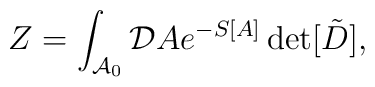
Z=\int _{{\cal A}_0}{\cal D}Ae^{-S[A]}\det[\tilde{D}],